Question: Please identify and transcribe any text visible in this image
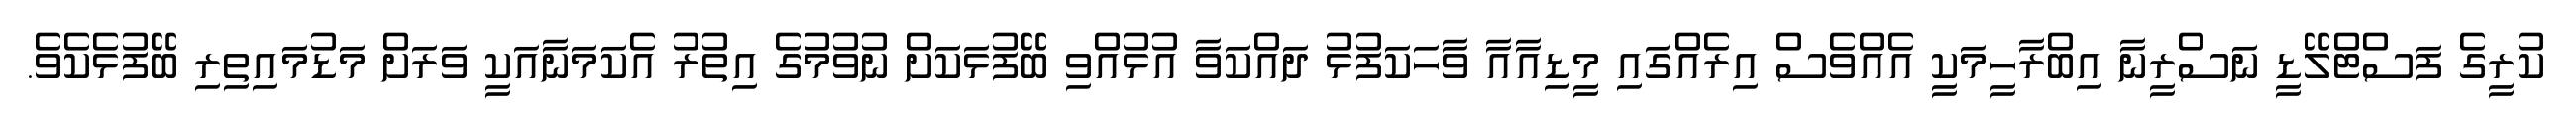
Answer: ކުރީގެ ފަސްޓްލޭޑީ ނަސްރީނާ އިބްރާހީމަކީ އެއްވެސް އިރެއްގައި މީޑިއާއާ ވާހަކަފުޅު ދައްކަވާ އުޅުއްވި ބޭފުޅަކަށް ނުވުމުގެ އިތުރު އެކަމަނާއަކީ ވަރަށް މަޑުމައިތިރި ބޭފުޅެކެވެ.